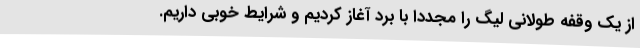
از یک وقفه طولانی لیگ را مجددا با برد آغاز کردیم و شرایط خوبی داریم.